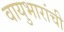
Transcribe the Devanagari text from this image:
वायुभारांची